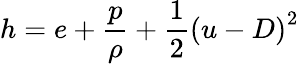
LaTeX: h=e+\frac{p}{\rho}+\frac{1}{2}\left(u-D\right)^{2}